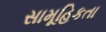
સામૂહિકતા